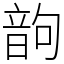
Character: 𩐝